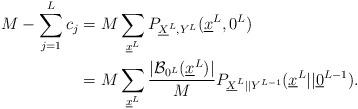
LaTeX: \begin{align*} M - \sum_{j=1}^L c_{j} & = M \sum_{\underline x^L} P_{\underline X^L, Y^L} (\underline x^L, 0^L ) \\& = M \sum_{\underline x^L} \frac{ | \mathcal B_{0^L}(\underline x^L)|}{M} P_{\underline X^L|| Y^{L-1}} (\underline x^L|| \underline 0^{L-1} ). \end{align*}